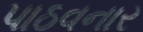
પાઠવનાર